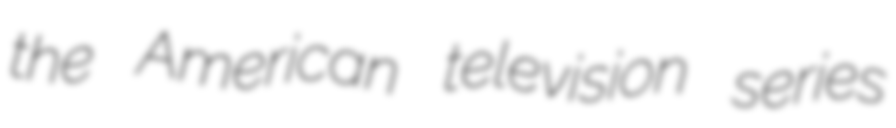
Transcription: the American television series